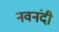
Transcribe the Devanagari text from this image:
नवनंदी